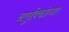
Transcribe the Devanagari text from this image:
अणुविखंडनात